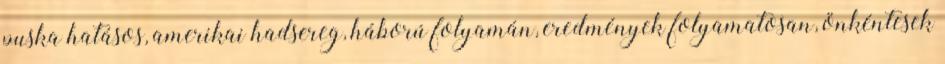
puska hatásos, amerikai hadsereg, háború folyamán, eredmények folyamatosan, önkéntesek